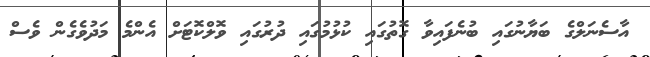
އާސެނަލްގެ ބަޔާނުގައި ބުނެފައިވާ ގޮތުގައި ކުޅުމުގައި ދުރުގައި ވޮލްކޮޓަށް އެންމެ މަދުވެގެން ވެސް